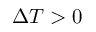
\Delta T > 0